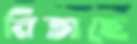
নিতাছে